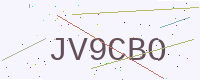
Text: JV9CBO